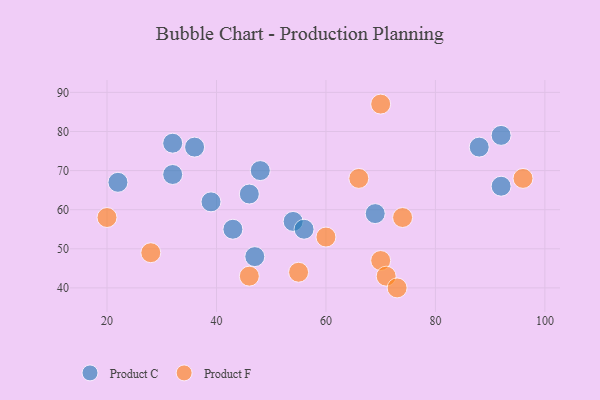
{"axis": {"x": "GDP", "y": "Life Expectancy"}, "legend": ["Product C", "Product F"], "data": [{"x": "54", "y": 57, "type": "Product C"}, {"x": "32", "y": 69, "type": "Product C"}, {"x": "46", "y": 64, "type": "Product C"}, {"x": "56", "y": 55, "type": "Product C"}, {"x": "69", "y": 59, "type": "Product C"}, {"x": "22", "y": 67, "type": "Product C"}, {"x": "92", "y": 79, "type": "Product C"}, {"x": "48", "y": 70, "type": "Product C"}, {"x": "88", "y": 76, "type": "Product C"}, {"x": "43", "y": 55, "type": "Product C"}, {"x": "39", "y": 62, "type": "Product C"}, {"x": "92", "y": 66, "type": "Product C"}, {"x": "36", "y": 76, "type": "Product C"}, {"x": "47", "y": 48, "type": "Product C"}, {"x": "32", "y": 77, "type": "Product C"}, {"x": "96", "y": 68, "type": "Product F"}, {"x": "60", "y": 53, "type": "Product F"}, {"x": "70", "y": 47, "type": "Product F"}, {"x": "71", "y": 43, "type": "Product F"}, {"x": "46", "y": 43, "type": "Product F"}, {"x": "73", "y": 40, "type": "Product F"}, {"x": "55", "y": 44, "type": "Product F"}, {"x": "74", "y": 58, "type": "Product F"}, {"x": "28", "y": 49, "type": "Product F"}, {"x": "20", "y": 58, "type": "Product F"}, {"x": "70", "y": 87, "type": "Product F"}, {"x": "66", "y": 68, "type": "Product F"}]}